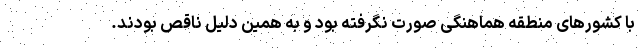
با کشورهای منطقه هماهنگی صورت نگرفته بود و به همین دلیل ناقص بودند.